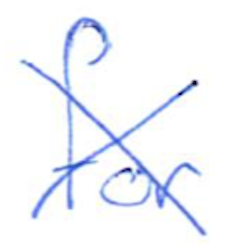
Text: for
Cross-out: cross
Writing tool: ballpoint